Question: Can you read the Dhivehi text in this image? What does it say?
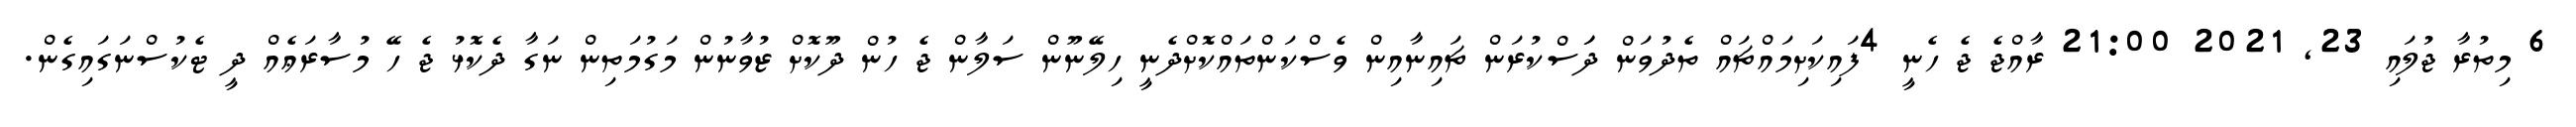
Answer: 6 މިތުރާ ޖުލައި 23, 2021 21:00 ރާއްޖެ ޖެ ހެނީ 4ފައިކަށިމައްޗައް ތެދުވަން ދަަސްކުރަން ޗައިނާއިން ވެސްކަންތައްކޮށްދެނީ ހިލޭނޫން ސަލާން ޖެ ހުން ދޫކޮށް ޒުވާނުން މަގުމަތިން ނަގާ ދެކޮޅު ޖެ ހޭ މުސާރަޢެއް ދީ ޓެކުސްނަގައިގެން.